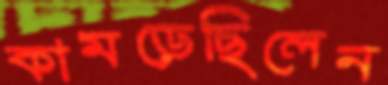
কামড়েছিলেন